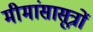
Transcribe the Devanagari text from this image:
मीमांसासूत्रों